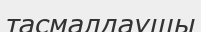
тасмалдаушы